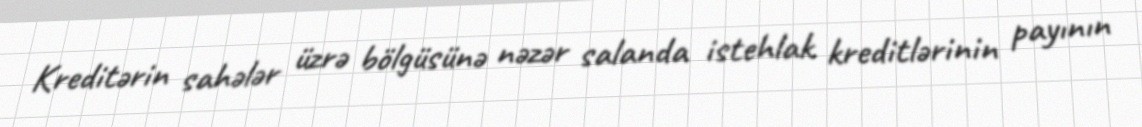
Kreditərin sahələr üzrə bölgüsünə nəzər salanda istehlak kreditlərinin payının